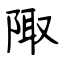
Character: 陬